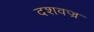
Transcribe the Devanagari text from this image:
दशवज्र